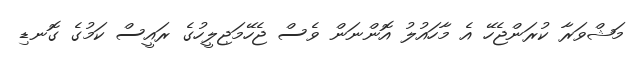
މަޝްވަރާ ކުރަންޖެހޭ އެ މާހައުލު އޮންނަން ވެސް ޖެހޭމަޖިލީހުގެ ރައީސް ކަމުގެ ގޮނޑި